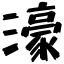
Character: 濠